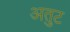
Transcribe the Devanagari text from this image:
अतुट